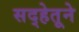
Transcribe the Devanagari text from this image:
सद्हेतूने